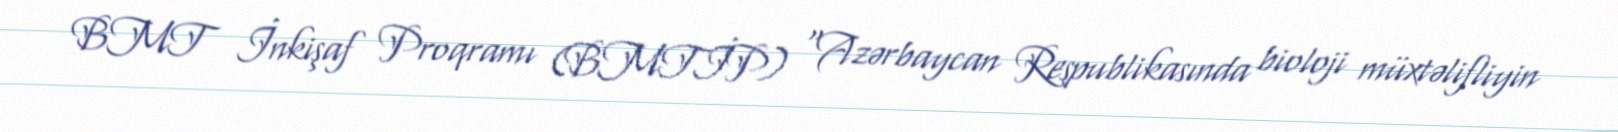
BMT İnkişaf Proqramı (BMTİP) “Azərbaycan Respublikasında bioloji müxtəlifliyin